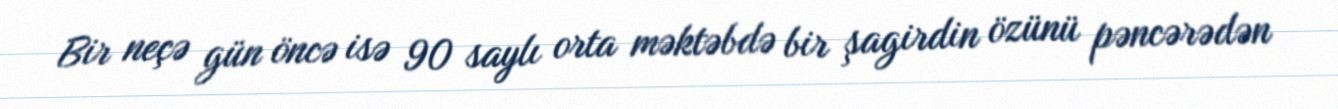
Bir neçə gün öncə isə 90 saylı orta məktəbdə bir şagirdin özünü pəncərədən